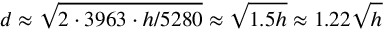
d \approx { \sqrt { 2 \cdot 3 9 6 3 \cdot { h / 5 2 8 0 } } } \approx { \sqrt { 1 . 5 h } } \approx 1 . 2 2 { \sqrt { h } }